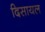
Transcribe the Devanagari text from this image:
दिसायल